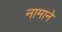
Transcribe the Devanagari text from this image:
नामाने